Vabadussoja_Ajaloo_Komitee, lk 94
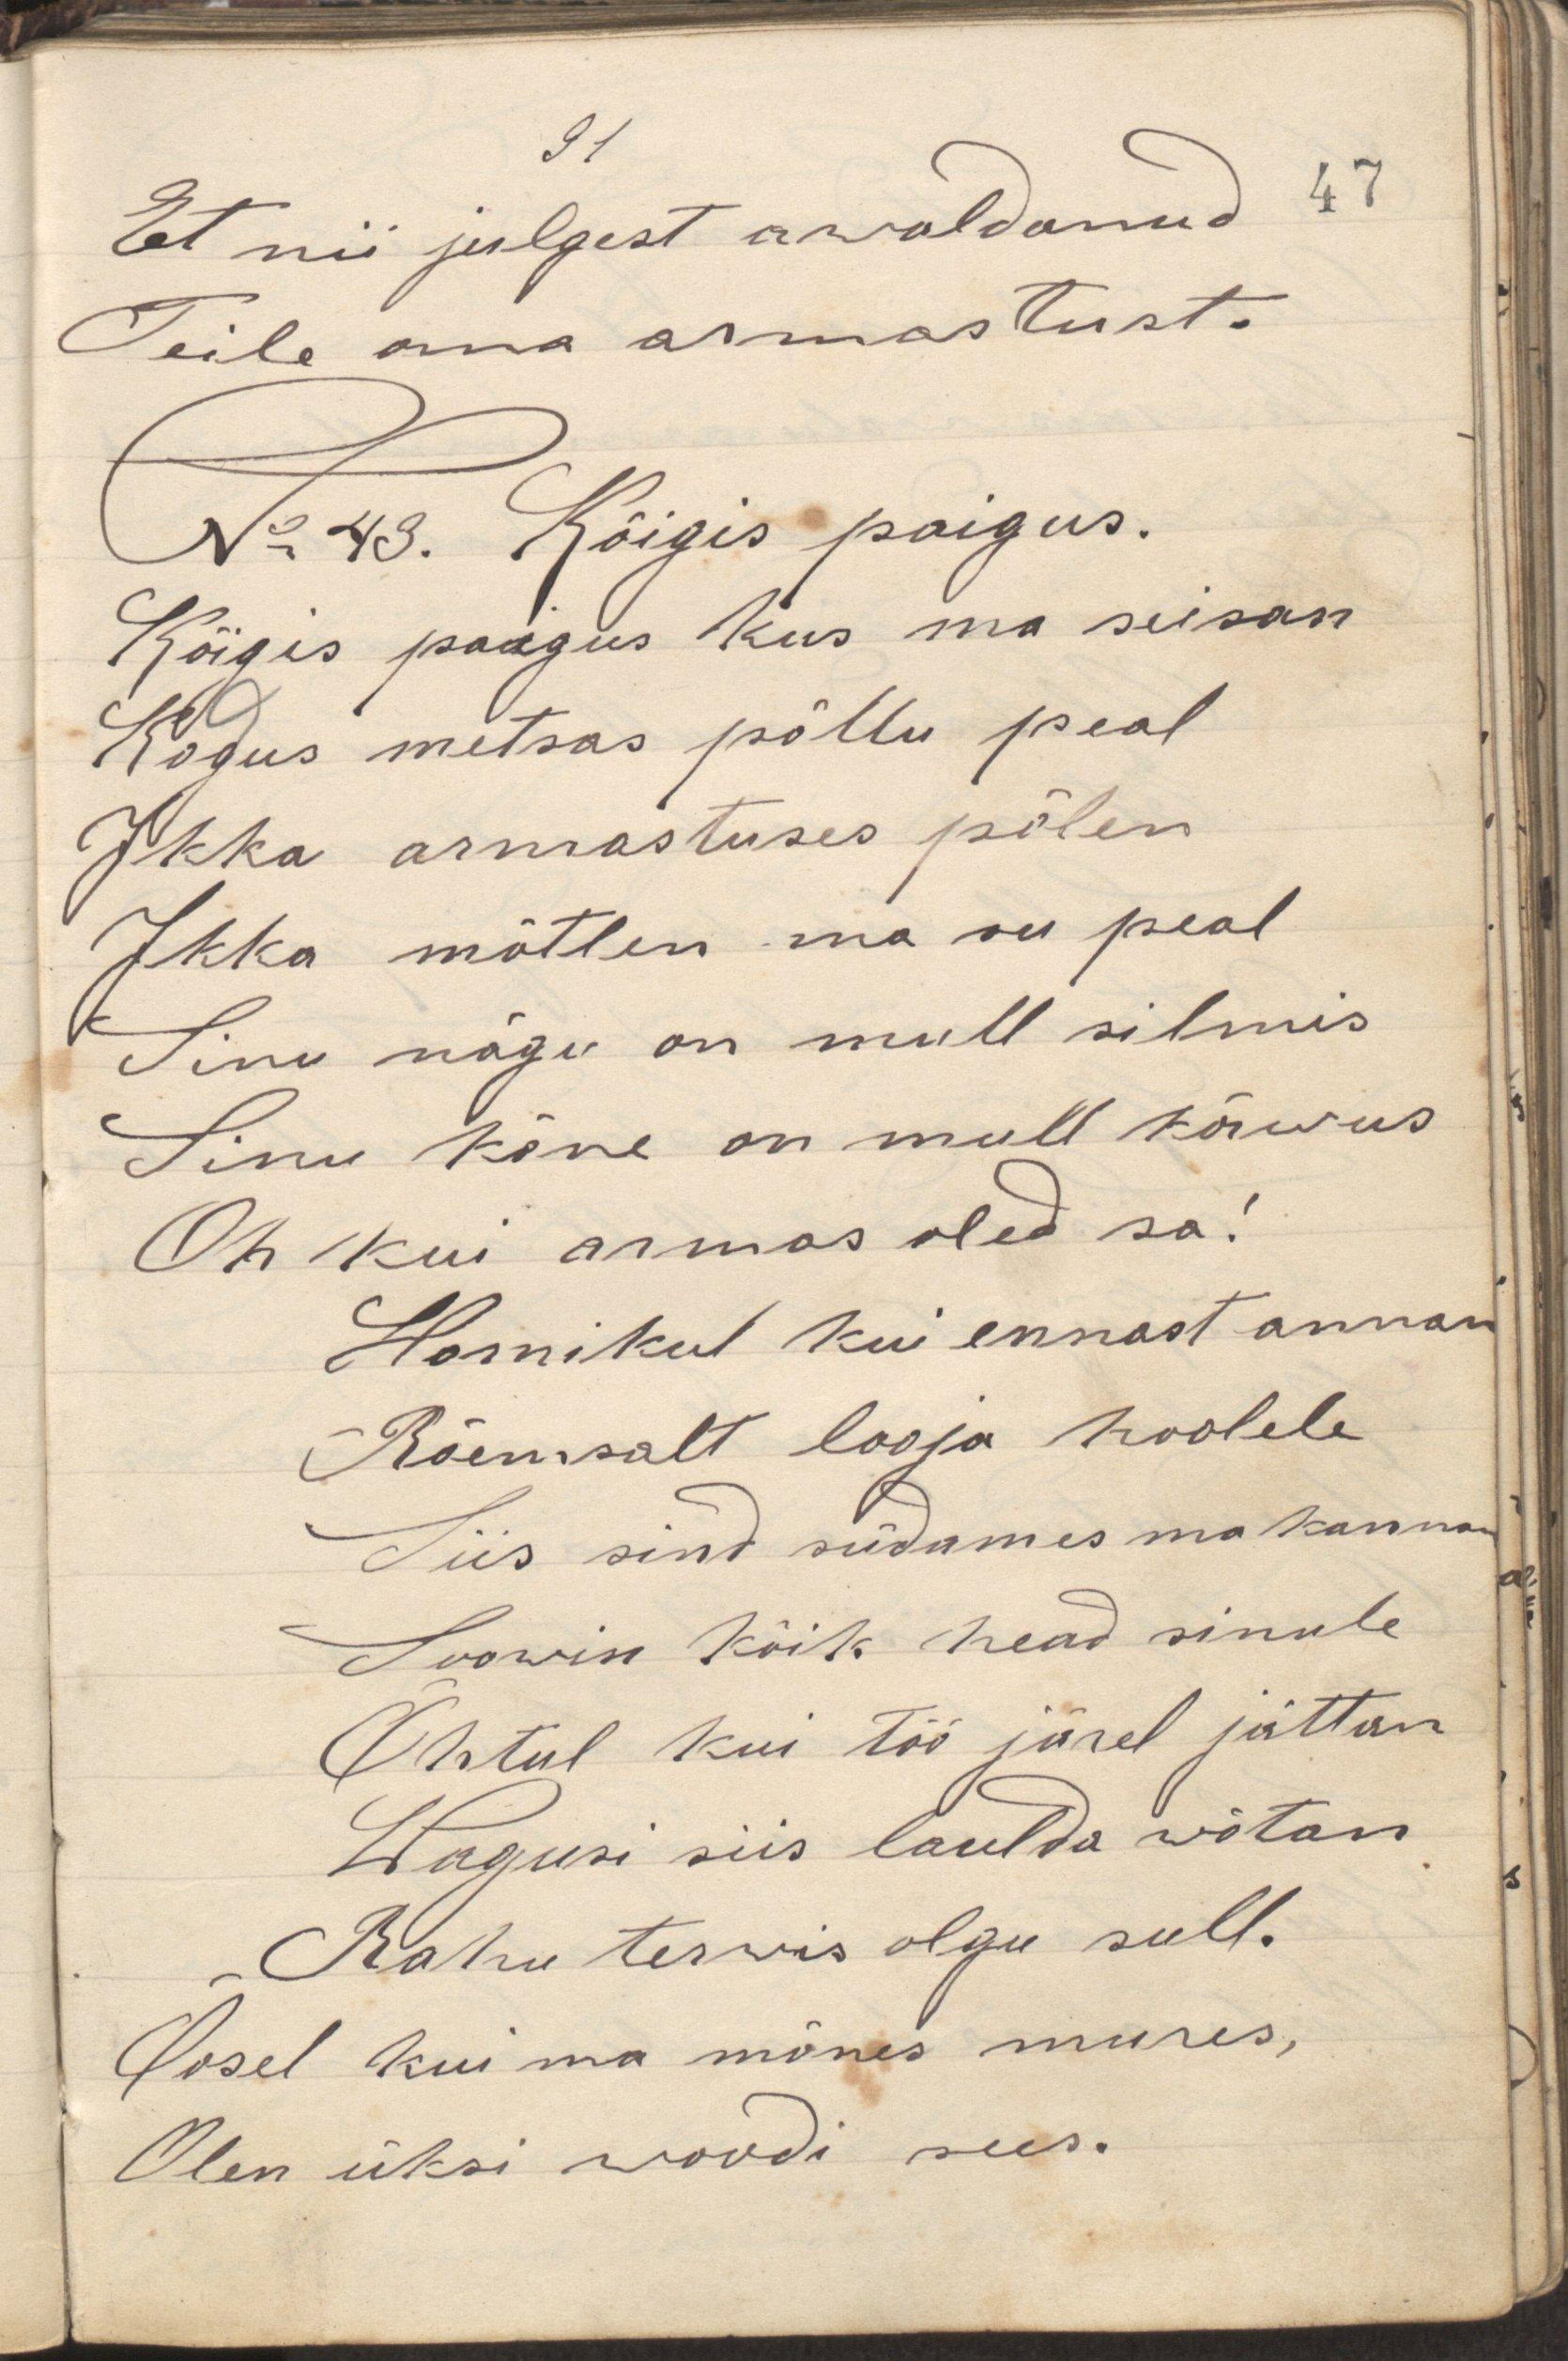
Et nii julgest awaldanud 47
Teile oma armastust.
N:43 Kõigis paigus.
Kõigis paigus kus ma seisan
Kodus metsas põllu peal
Ikka armastuses põlen
Ikka mõtlen ma su peal
Sinu nägu on mull silmis
Sinu kõne on mull kõrwus
Oh kui armas oled sa!
Homikul kui ennast annan
Rõemsalt looja hoolele
Siis sind südames ma kannan
Soowin kõik head sinule
Õhtul kui töö järel jättan
Wagusi siis laulda wõtan
Rahu terwis olgu sull.
Oosel kui ma mõnes mures,
Olen üksi woodi sees.